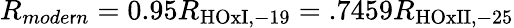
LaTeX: R_{mode\mathsf{r}n}=0.95R_{\mathrm{{HOxI,-19}}}=.7459R_{\mathrm{{HOxII,-25}}}